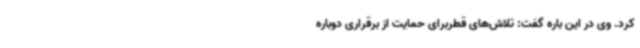
کرد. وی در این باره گفت: تلاش‌های قطربرای حمایت از برقراری دوباره